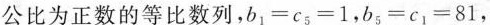
公比为正数的等比数列，$$b_{1}=c_{5}=1$$，$$b_{5}=c_{1}=8 1$$，